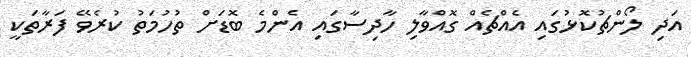
އަދި ލޯންޗުކޮޅުގައި އެއްޗެއް ގޮއްވާލި ހާދިސާގައި އެންމެ ބޮޑަށް ތުހުމަތު ކުރެވޭ ފަރާތަކީ